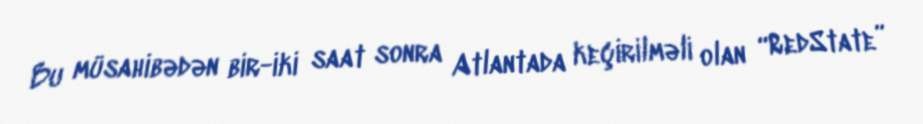
Bu müsahibədən bir-iki saat sonra Atlantada keçirilməli olan “RedState”